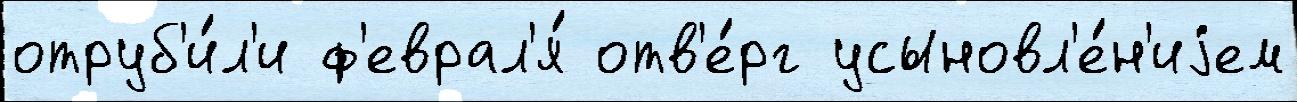
отруб'и́л'и ф'еврал'я́ отв'е́рг усыновл'е́н'иjем